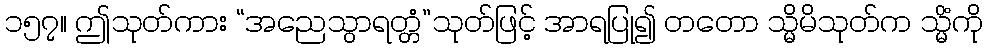
၁၅၇။ ဤသုတ်ကား “အညေသွာရတ္တံ”သုတ်ဖြင့် အာရပြု၍ တတော သ္မိမိသုတ်က သ္မိံကို